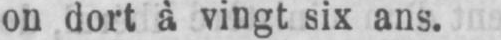
on dort à vingt six ans.